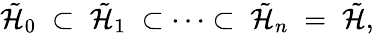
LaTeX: \tilde{{\cal H}}_{0}\; \subset\; \tilde{{\cal H}}_{1}\; \subset\cdots\subset\; \tilde{{\cal H}}_{n}\; =\; \tilde{{\cal H}},